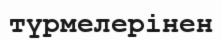
түрмелерінен